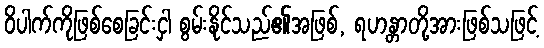
ဝိပါက်ကိုဖြစ်စေခြင်းငှါ စွမ်းနိုင်သည်၏အဖြစ်, ရဟန္တာတို့အားဖြစ်သဖြင့်